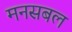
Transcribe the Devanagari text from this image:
मनसबल